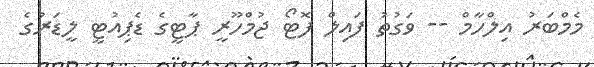
މެމްބަރު އިލްހާމް -- ވަގުުތު ފައިލް ފޮޓޯ ޖުމްހޫރީ ޕާޓީގެ ޑެޕިއުޓީ ލީޑަރުގެ